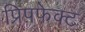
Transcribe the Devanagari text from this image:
प्रिप़फेक्ट